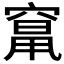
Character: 𱷌